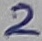
Text: 2